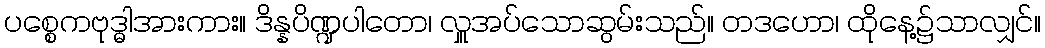
ပစ္စေကဗုဒ္ဓါအားကား။ ဒိန္နပိဏ္ဍပါတော၊ လှူအပ်သောဆွမ်းသည်။ တဒဟော၊ ထိုနေ့၌သာလျှင်။